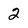
Character: 2